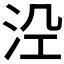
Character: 𭰆